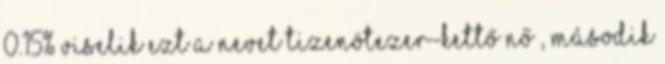
0.15% viselik ezt a nevet tizenötezer-kettő nő , második